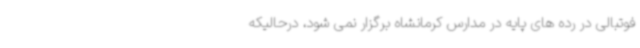
فوتبالی در رده های پایه در مدارس کرمانشاه برگزار نمی شود، درحالیکه